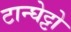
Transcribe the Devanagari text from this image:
टान्घेट्टो